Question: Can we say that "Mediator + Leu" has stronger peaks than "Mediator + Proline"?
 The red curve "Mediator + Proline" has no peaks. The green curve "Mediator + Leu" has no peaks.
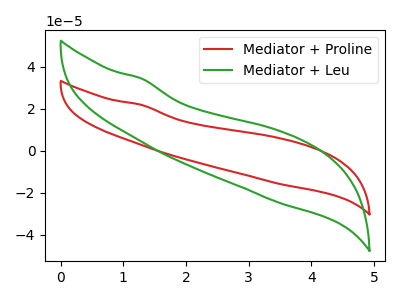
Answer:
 <answer>Niether CV has any peaks.</answer>
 <eval>blanks</eval>